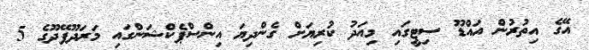
އޭގެ އިތުރުން އައްޑޫ ސިޓީގައި މިއަދު ކުރިޔަށް ގެންދިޔަ އިންސްޕެކްޝަންގައި މަރަދޫފޭދޫގެ 5